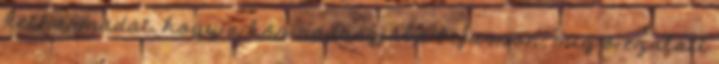
kétharmadát, hogy a hős nadrágjába bejusson, míg ő ezalatt